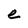
Character: e